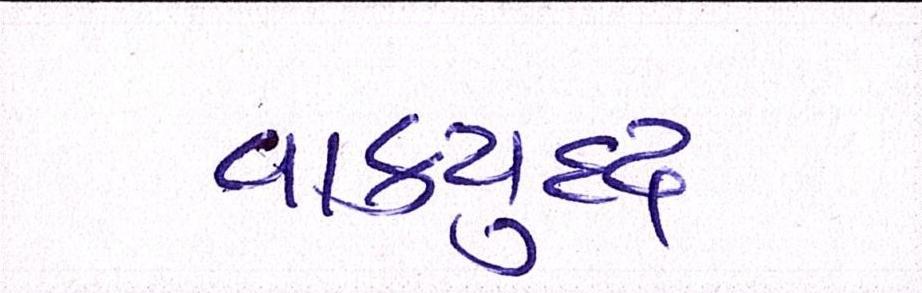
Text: વાકયુદ્ધ